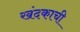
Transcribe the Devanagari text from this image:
खंदकाची